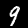
Digit: 9